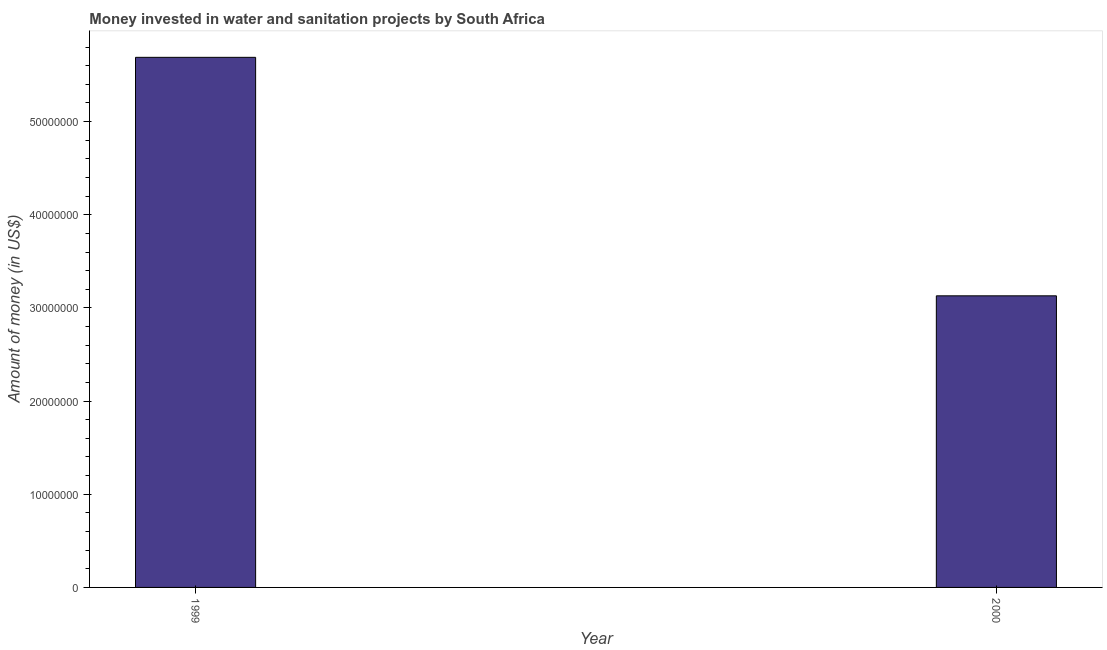
| Year | Investment |
 | --- | --- |
 | 1999 | 5.69e+07 |
 | 2000 | 3.13e+07 |